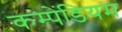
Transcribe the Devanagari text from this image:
कम्पेंडियम